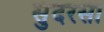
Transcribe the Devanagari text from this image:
सुंदरसा